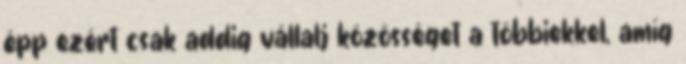
épp ezért csak addig vállalj közösséget a többiekkel, amíg